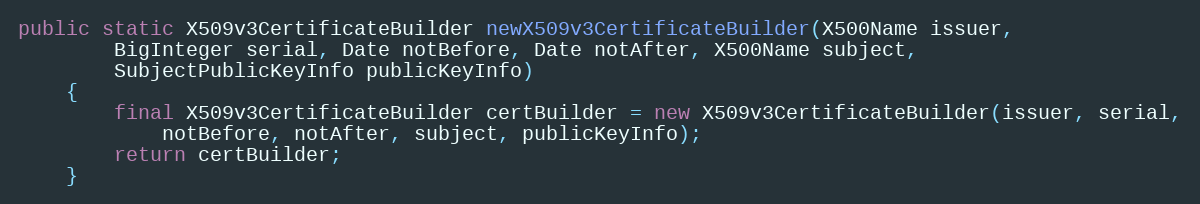
Language: Java
public static X509v3CertificateBuilder newX509v3CertificateBuilder(X500Name issuer,
		BigInteger serial, Date notBefore, Date notAfter, X500Name subject,
		SubjectPublicKeyInfo publicKeyInfo)
	{
		final X509v3CertificateBuilder certBuilder = new X509v3CertificateBuilder(issuer, serial,
			notBefore, notAfter, subject, publicKeyInfo);
		return certBuilder;
	}